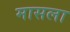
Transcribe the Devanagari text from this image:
मासला